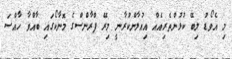
މި އެވޯޑު ލިބޭ ކުޅުންތެރިއެއް އިއުލާންކުރާނީ މިރޭ ފްރާންސްގެ މޮނާކޯގައި ބާއްވާ ހާއްސަ